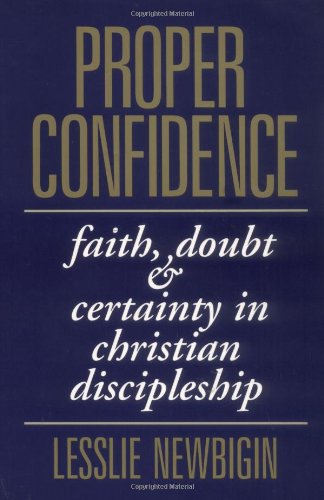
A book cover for Proper Confidence: Faith, Doubt, and Certainty in Christian Discipleship; Lesslie Newbigin; Christian Books & Bibles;